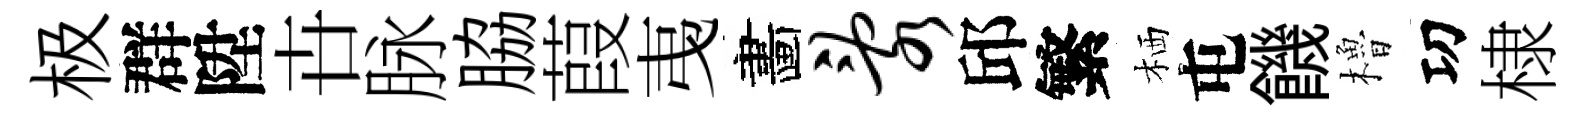
极群陞卋脉脇葭𢎯畵乱邱繁栖屯饑櫓㓛棣